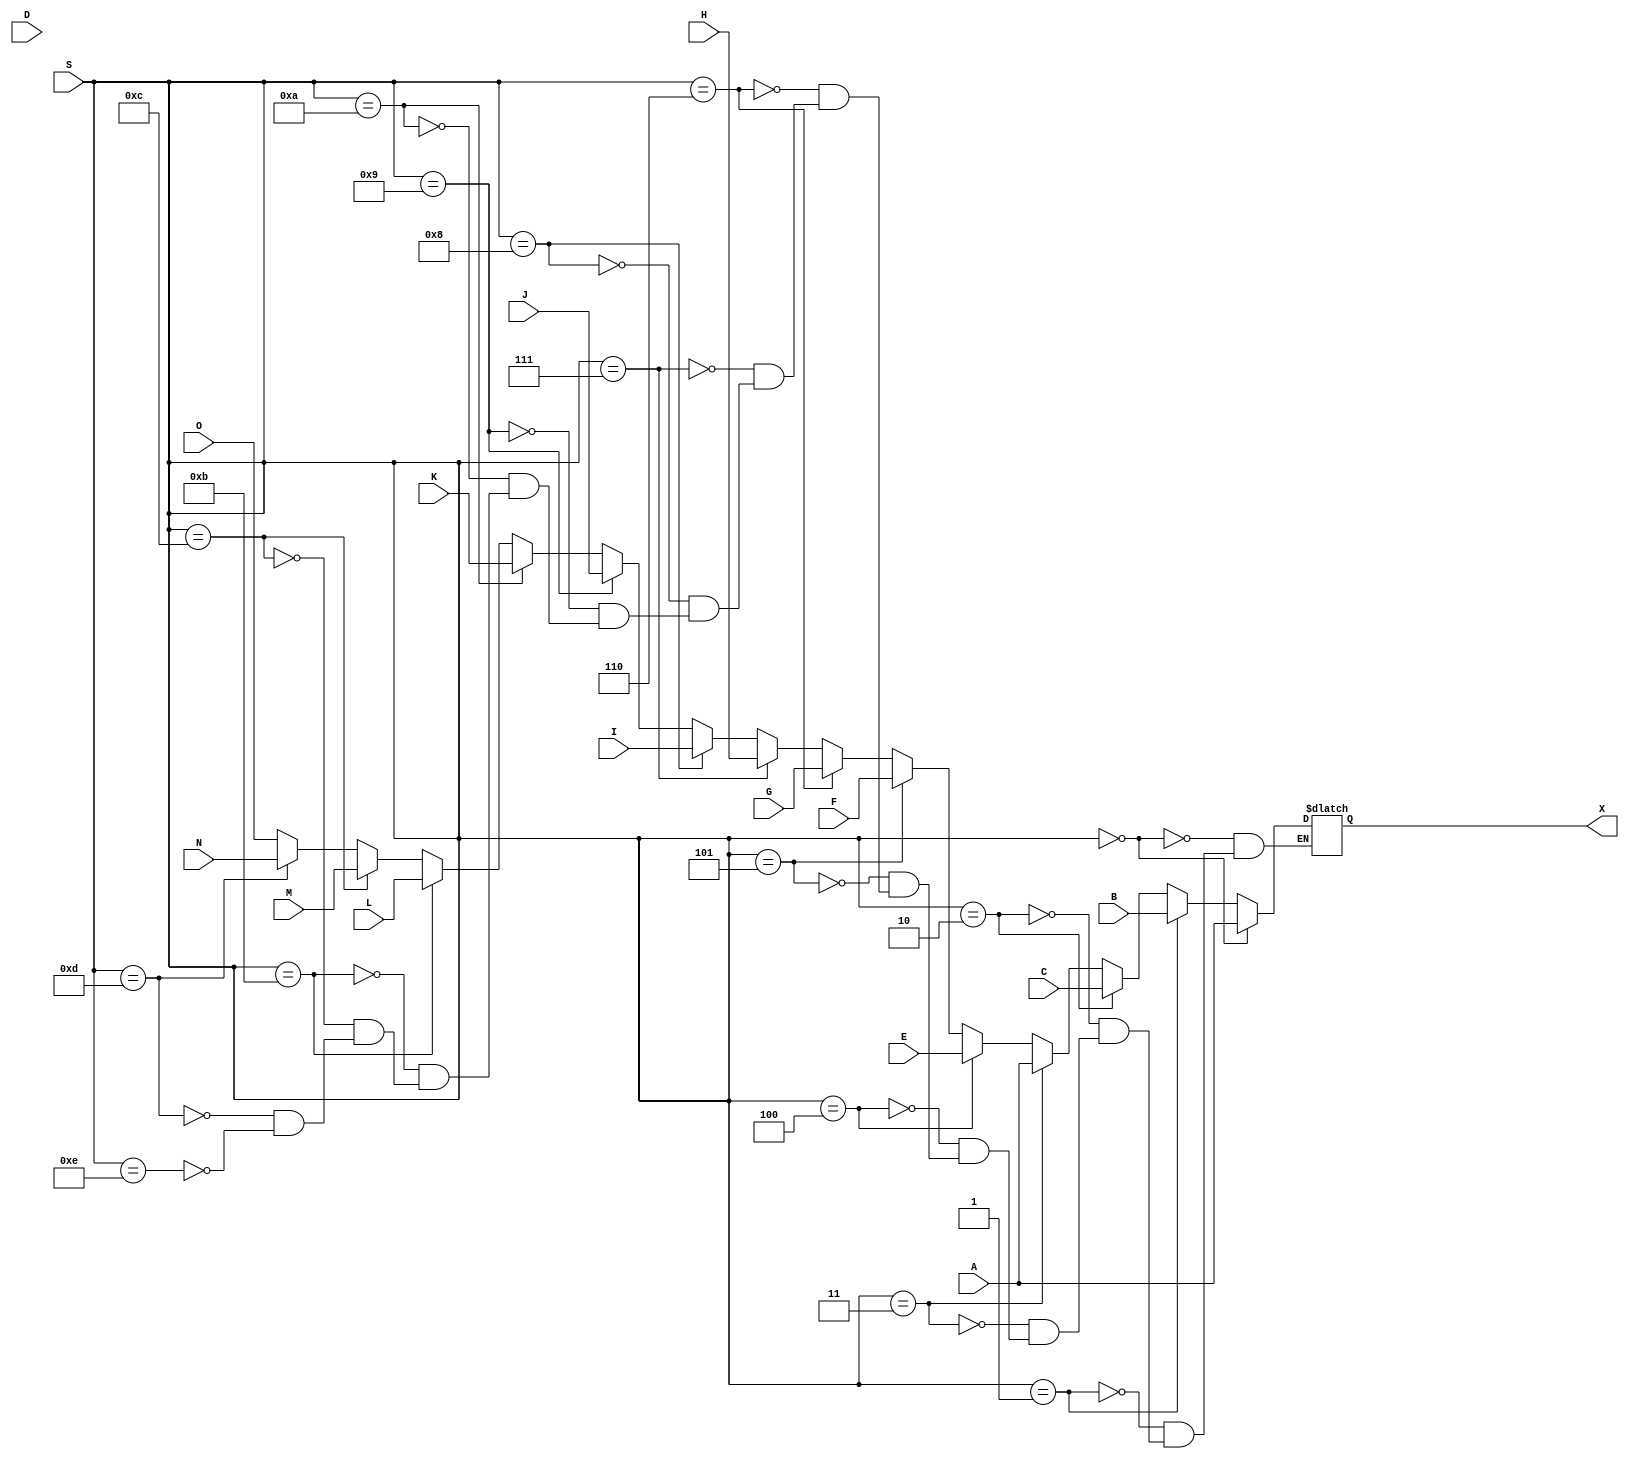
module mux_15x1_64bit_ALU (
    input [3:0] S,
    input [63:0] A, B, C, D, E, F, G, H, I, J, K, L, M, N, O,
    output reg [63:0] X
);
always @ (*) 
    begin
        if (S == 4'b0000)
            X <= A;
        else if (S == 4'b0001)
            X <= B;
        else if (S == 4'b0010)
            X <= C;
        else if (S == 4'b0011)
            X <= A;
        else if (S == 4'b0100)
            X <= E;
        else if (S == 4'b0101)
            X <= F;
        else if (S == 4'b0110)
            X <= G;
        else if (S == 4'b0111)
            X <= H;
        else if (S == 4'b1000)
            X <= I;
        else if (S == 4'b1001)
            X <= J;
        else if (S == 4'b1010)
            X <= K;
        else if (S == 4'b1011)
            X <= L;
        else if (S == 4'b1100)
            X <= M;
        else if (S == 4'b1101)
            X <= N;
        else if (S == 4'b1110)
            X <= O;
    end
endmodule